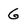
Character: G